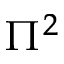
\Pi ^ { 2 }